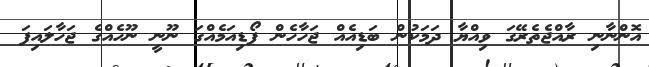
އޮންނާނި ރާއްޖެތެރޭގަ ވިއްޔާ ދަމަކުން ބަޑިއެއް ޖަހާހެން ޕޯޑިއަމެއްގަ ނޫނީ ނޫހެއްގެ ޖަހާލައިފަ